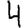
Digit: 4